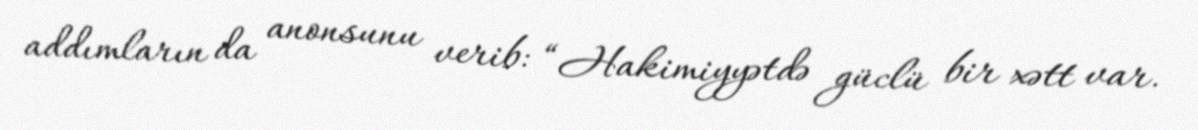
addımların da anonsunu verib: “Hakimiyyətdə güclü bir xətt var.